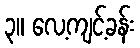
၃။ လေ့ကျင့်ခန်း